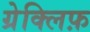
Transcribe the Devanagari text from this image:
ग्रेक्लिफ़